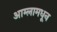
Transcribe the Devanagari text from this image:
आम्लामधून